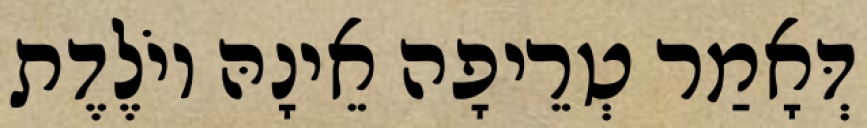
דְּאָמַר טְרֵיפָה אֵינָהּ יוֹלֶדֶת